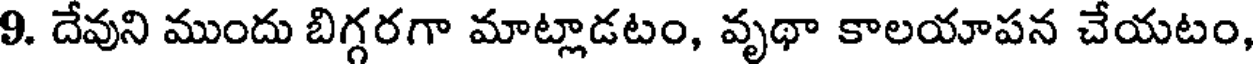
9. దేవుని ముందు బిగ్గరగా మాట్లాడటం, వృథా కాలయాపన చేయటం,